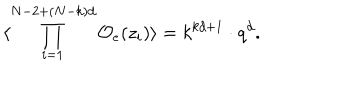
\langle \prod _ { i = 1 } ^ { N - 2 + ( N - k ) d } { \cal O } _ { e } ( z _ { i } ) \rangle = k ^ { k d + 1 } \cdot q ^ { d } .